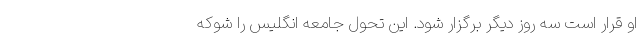
او قرار است سه روز دیگر برگزار ‌شود. این تحول جامعه انگلیس را شوکه